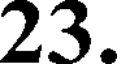
23.